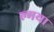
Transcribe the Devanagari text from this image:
ल्गया